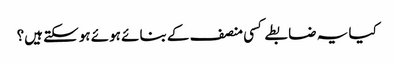
کیا یہ ضابطے کسی منصف کے بنائے ہوئے ہوسکتے ہیں؟